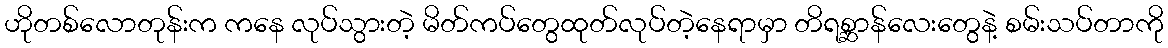
ဟိုတစ်လောတုန်းက ကနေ လုပ်သွားတဲ့ မိတ်ကပ်တွေထုတ်လုပ်တဲ့နေရာမှာ တိရစ္ဆာန်လေးတွေနဲ့ စမ်းသပ်တာကို